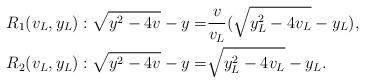
LaTeX: \begin{align*}R_1(v_L,y_L): \sqrt{y^2-4v}-y=& \frac{v}{v_L}(\sqrt{y_L^2-4v_L}-y_L), \\R_2(v_L,y_L): \sqrt{y^2-4v}-y=& \sqrt{y_L^2-4v_L}-y_L.\end{align*}